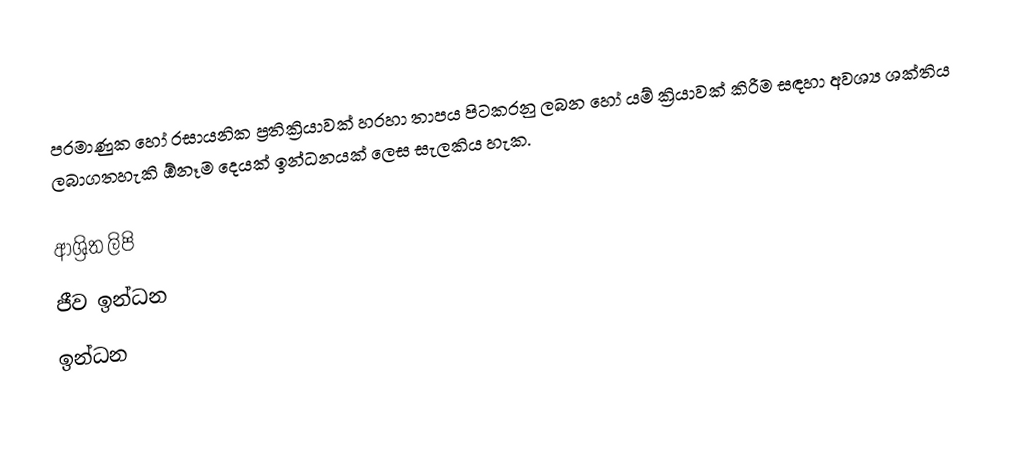
පරමාණුක හෝ රසායනික ප්‍රතික්‍රියාවක් හරහා තාපය පිටකරනු ලබන හෝ යම් ක්‍රියාවක් කිරීම සඳහා අවශ්‍ය ශක්තිය ලබාගතහැකි ඕනෑම දෙයක් ඉන්ධනයක් ලෙස සැලකිය හැක.

ආශ්‍රිත ලිපි
ජීව ඉන්ධන
ඉන්ධන